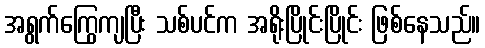
အရွက်ကြွေကျပြီး သစ်ပင်က အရိုးပြိုင်းပြိုင်း ဖြစ်နေသည်။